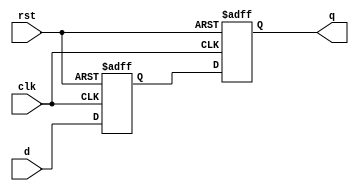
module dff_delay (
    input wire clk,
    input wire rst,
    input wire d,
    output reg q
);

reg d_delayed;

always @(posedge clk or posedge rst) begin
    if (rst) begin
        d_delayed <= 1'b0;
    end else begin
        d_delayed <= d;
    end
end

always @(posedge clk or posedge rst) begin
    if (rst) begin
        q <= 1'b0;
    end else begin
        q <= d_delayed;
    end
end

endmodule